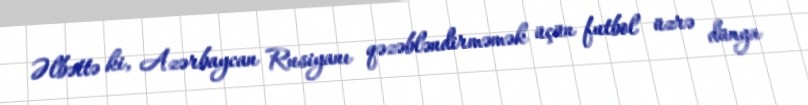
Əlbəttə ki, Azərbaycan Rusiyanı qəzəbləndirməmək üçün futbol üzrə dünya